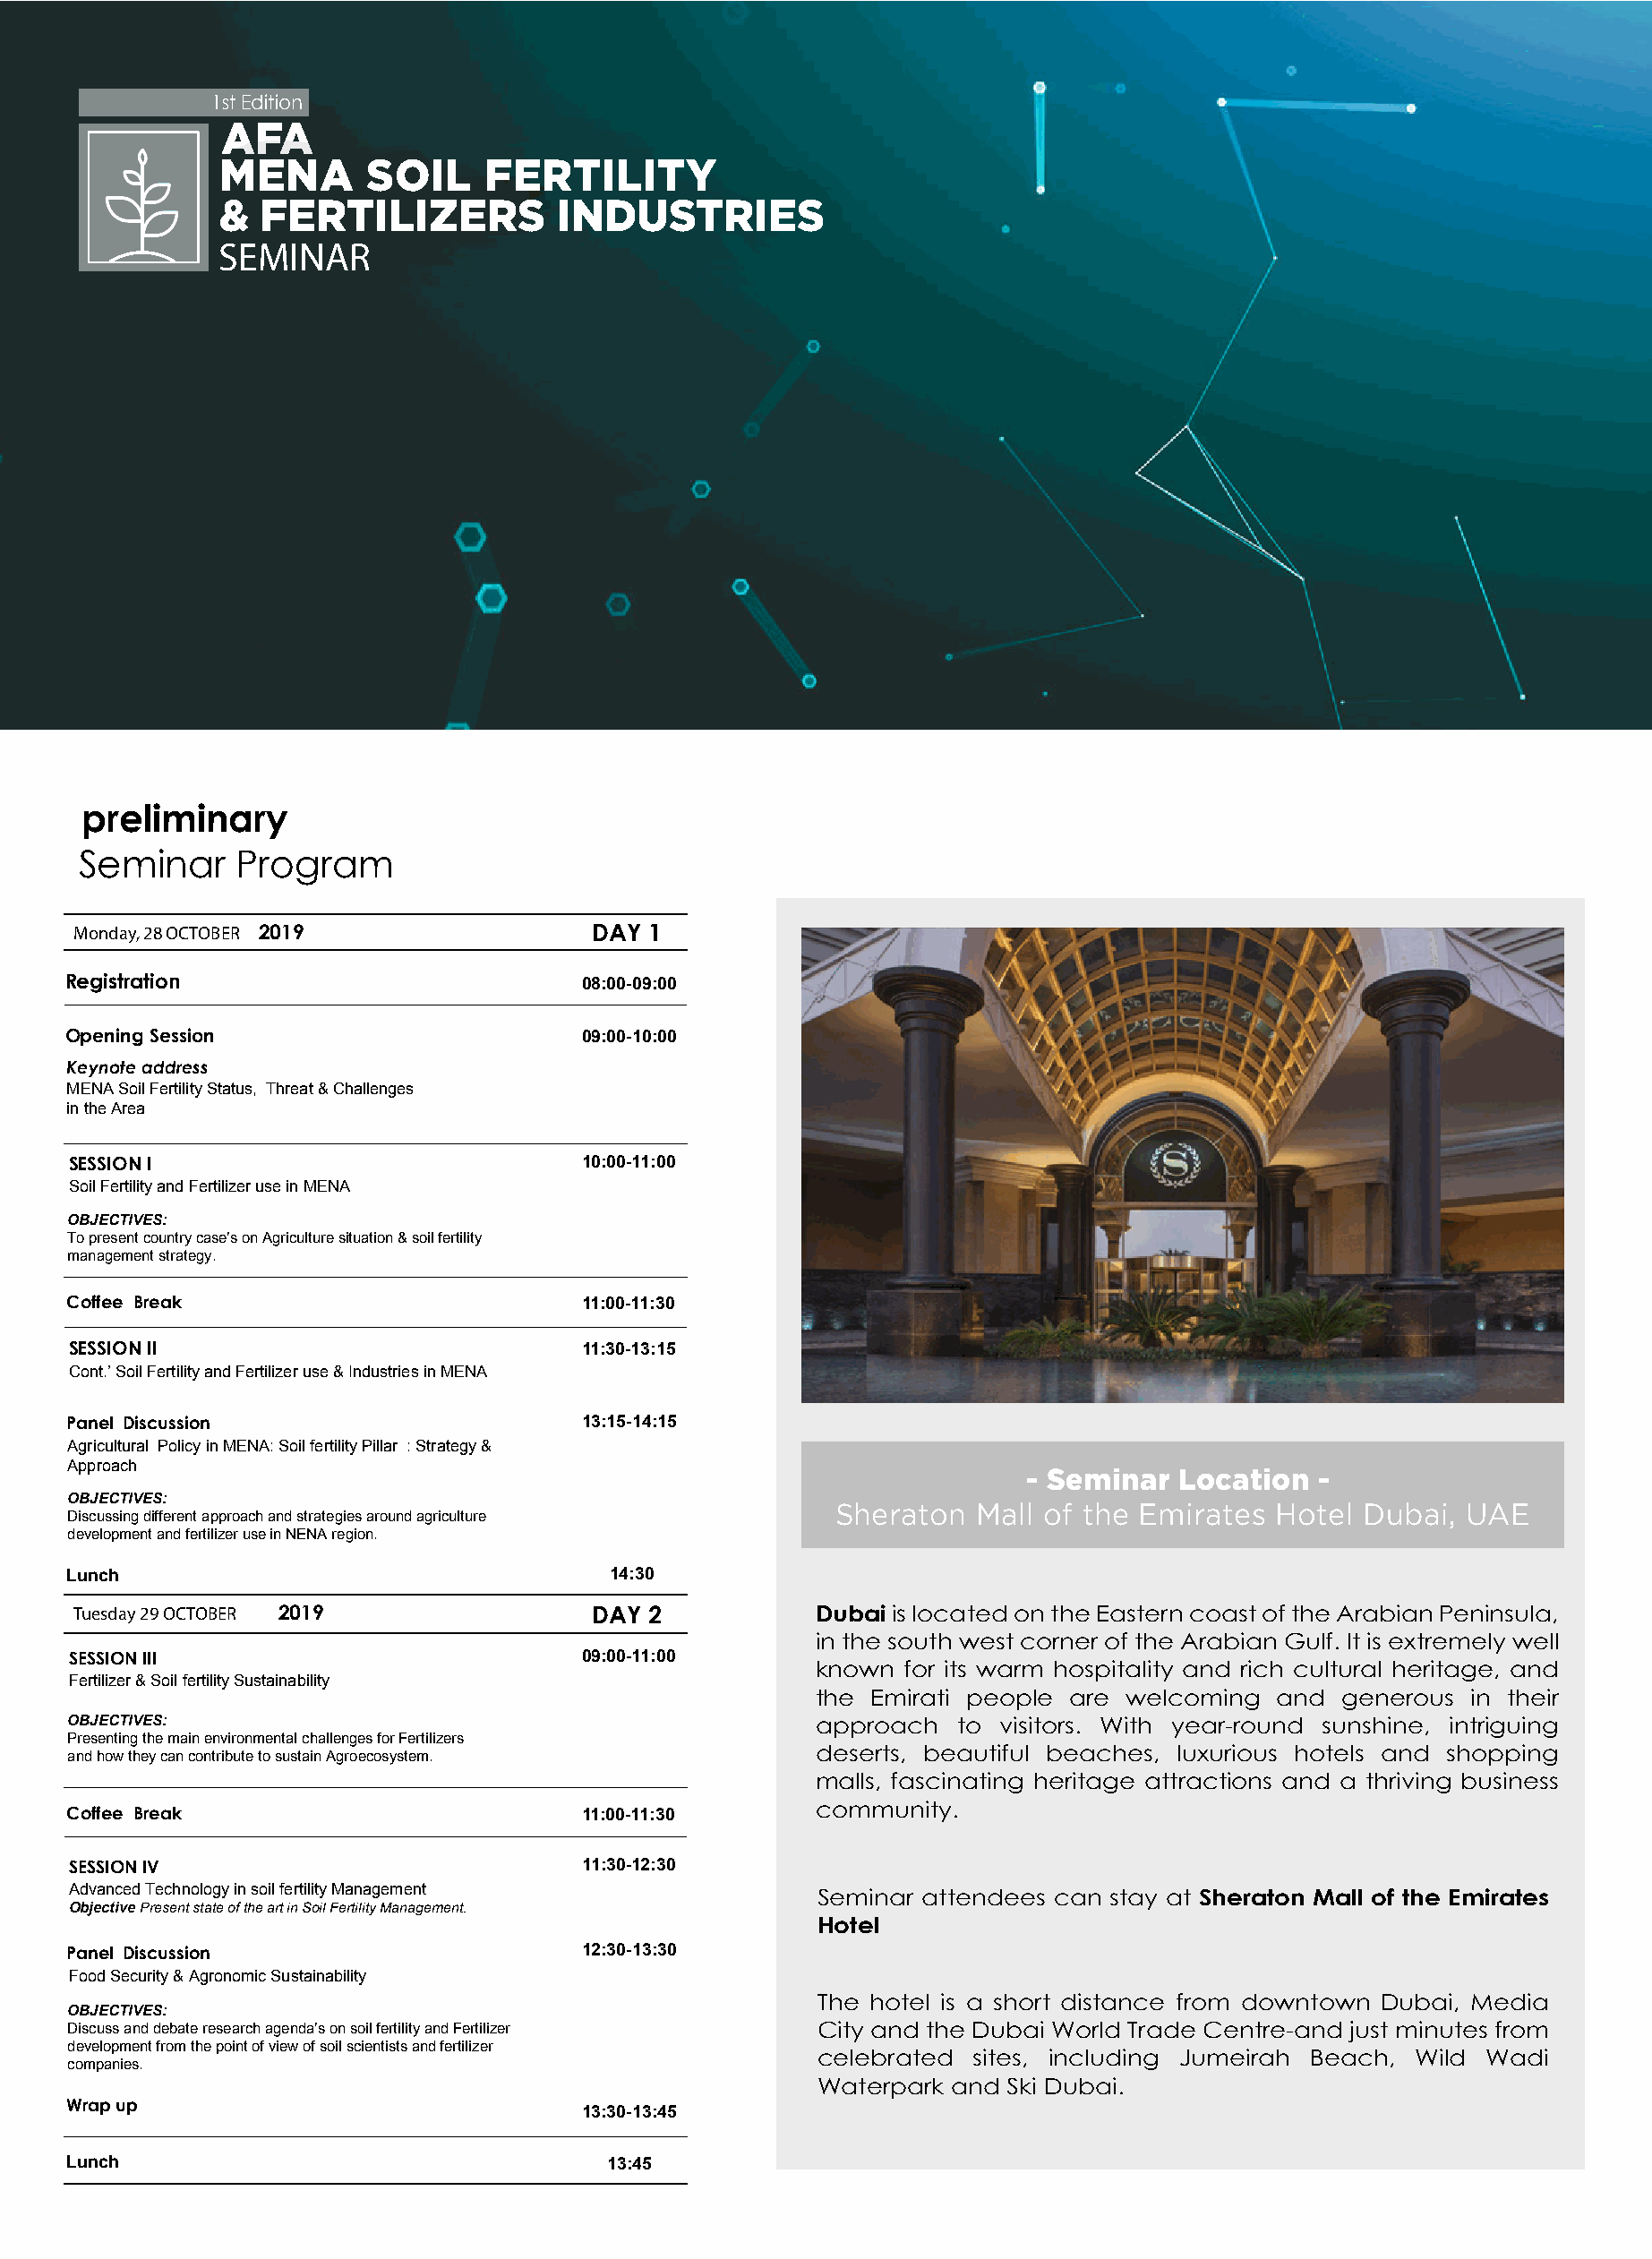
1st Edition
 AFA
 MENA       SOIL     FERTILITY
 &  FERTILIZERS           INDUSTRIES
 SEMINAR
 preliminary
 Seminar    Program
 Monday, 28 OCTOBER 2019                DAY 1
 Registration                          08:00-09:00
 Opening Session                       09:00-10:00
 Keynote address
 MENA Soil Fertility Status, Threat & Challenges
 in the Area
 SESSION I                             10:00-11:00
 Soil Fertility and Fertilizer use in MENA
 OBJECTIVES:
 To present country case’s on Agriculture situation & soil fertility
 management strategy.
 Coffee Break                          11:00-11:30
 SESSION II                            11:30-13:15
 Cont.’ Soil Fertility and Fertilizer use & Industries in MENA
 Panel Discussion                      13:15-14:15
 Agricultural Policy in MENA: Soil fertility Pillar : Strategy &
 Approach                                                               - Seminar  Location  -
 OBJECTIVES:
 Sheraton  Mall of the Emirates  Hotel  Dubai, UAE
 Discussing different approach and strategies around agriculture
 development and fertilizer use in NENA region.
 Lunch                                   14:30
 Tuesday 29 OCTOBER 2019                DAY 2           Dubai is located on the Eastern coast of the Arabian Peninsula,
 in the south west corner of the Arabian Gulf. It is extremely well
 SESSION III                           09:00-11:00
 known  for its warm hospitality and rich cultural heritage, and
 Fertilizer & Soil fertility Sustainability
 the Emirati people are welcoming  and  generous  in their
 OBJECTIVES:                                            approach   to visitors. With year-round sunshine, intriguing
 Presenting the main environmental challenges for Fertilizers
 and how they can contribute to sustain Agroecosystem.  deserts, beautiful beaches, luxurious hotels and shopping
 malls, fascinating heritage attractions and a thriving business
 Coffee Break                          11:00-11:30      community.
 SESSION IV                            11:30-12:30
 Advanced Technology in soil fertility Management
 Seminar attendees can stay at Sheraton Mall of the Emirates
 Objective Present state of the art in Soil Fertility Management.
 Hotel
 Panel Discussion                      12:30-13:30
 Food Security & Agronomic Sustainability
 The hotel is a short distance from downtown Dubai, Media
 OBJECTIVES:
 12:30-13:30
 Discuss and debate research agenda’s on soil fertility and Fertilizer City and the Dubai World Trade Centre-and just minutes from
 development from the point of view of soil scientists and fertilizer
 celebrated  sites, including Jumeirah Beach, Wild Wadi
 companies.
 Waterpark and Ski Dubai.
 Wrap up
 13:30-13:45
 Lunch                                   13:45
 12:30-13:30